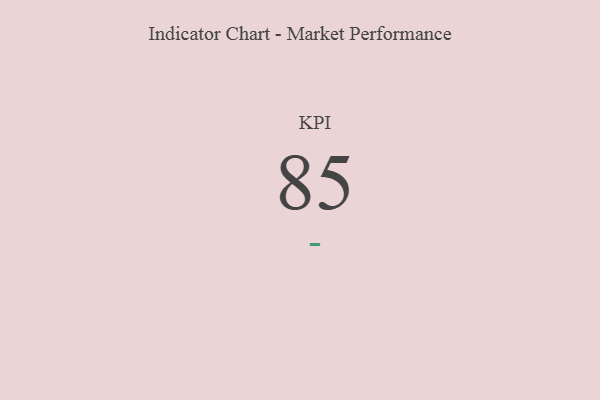
{"axis": {"x": "KPI", "y": "Value"}, "legend": [""], "data": [{"x": "KPI", "y": 85, "type": ""}]}